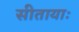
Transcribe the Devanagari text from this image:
सीतायाः